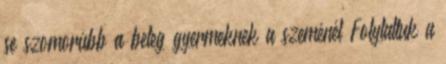
se szomorúbb a beteg gyermeknek a szeménél Folytattuk a